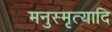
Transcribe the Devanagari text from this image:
मनुस्मृत्यादि